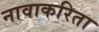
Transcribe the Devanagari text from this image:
नावाकरिता